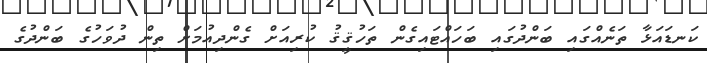
ކަނޑައަޅާ ތަނެއްގައި ބަންދުގައި ބަހައްޓައިގެން ތަހުޤީޤު ކުރިއަށް ގެންދިއުމަށް ތިން ދުވަހުގެ ބަންދުގެ